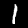
Label: 1